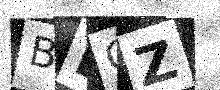
Text: BEOZ